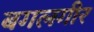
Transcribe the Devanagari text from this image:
बगलगीर